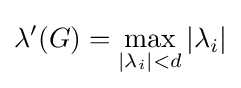
\lambda '(G)=\max _{|\lambda _{i}|<d}|\lambda _{i}|